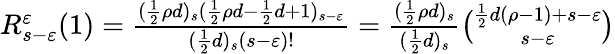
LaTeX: \begin{array}{r}{R_{s-\varepsilon}^{\varepsilon}(1)=\frac{(\frac{1}{2}\rho d)_{s}(\frac{1}{2}\rho d-\frac{1}{2}d+1)_{s-\varepsilon}}{(\frac{1}{2}d)_{s}(s-\varepsilon)!}=\frac{(\frac{1}{2}\rho d)_{s}}{(\frac{1}{2}d)_{s}}\binom{\frac{1}{2}d(\rho-1)+s-\varepsilon}{s-\varepsilon}}\end{array}